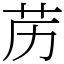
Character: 苈